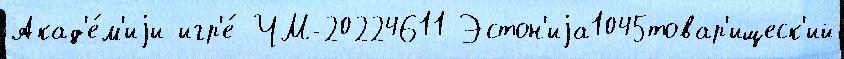
Акад'е́м'иjи игр'е́ ЧМ-20224611 Эстон'иjа1045товар'ищеск'ий